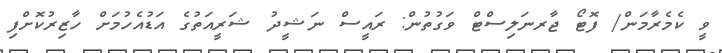
ވީ ކެމެރާމަން/ ފޮޓޯ ޖާރނަލިސްޓް ވަގުތުން: ރައީސް ނަޝީދު ޝަރީއަތުގެ އަޑުއެހުމަށް ހާޒިރުކޮށްފި